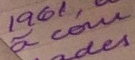
a cou